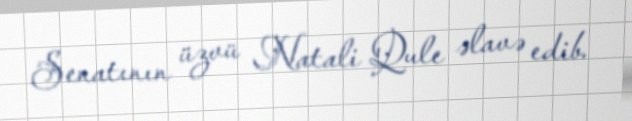
Senatının üzvü Natali Qule əlavə edib.